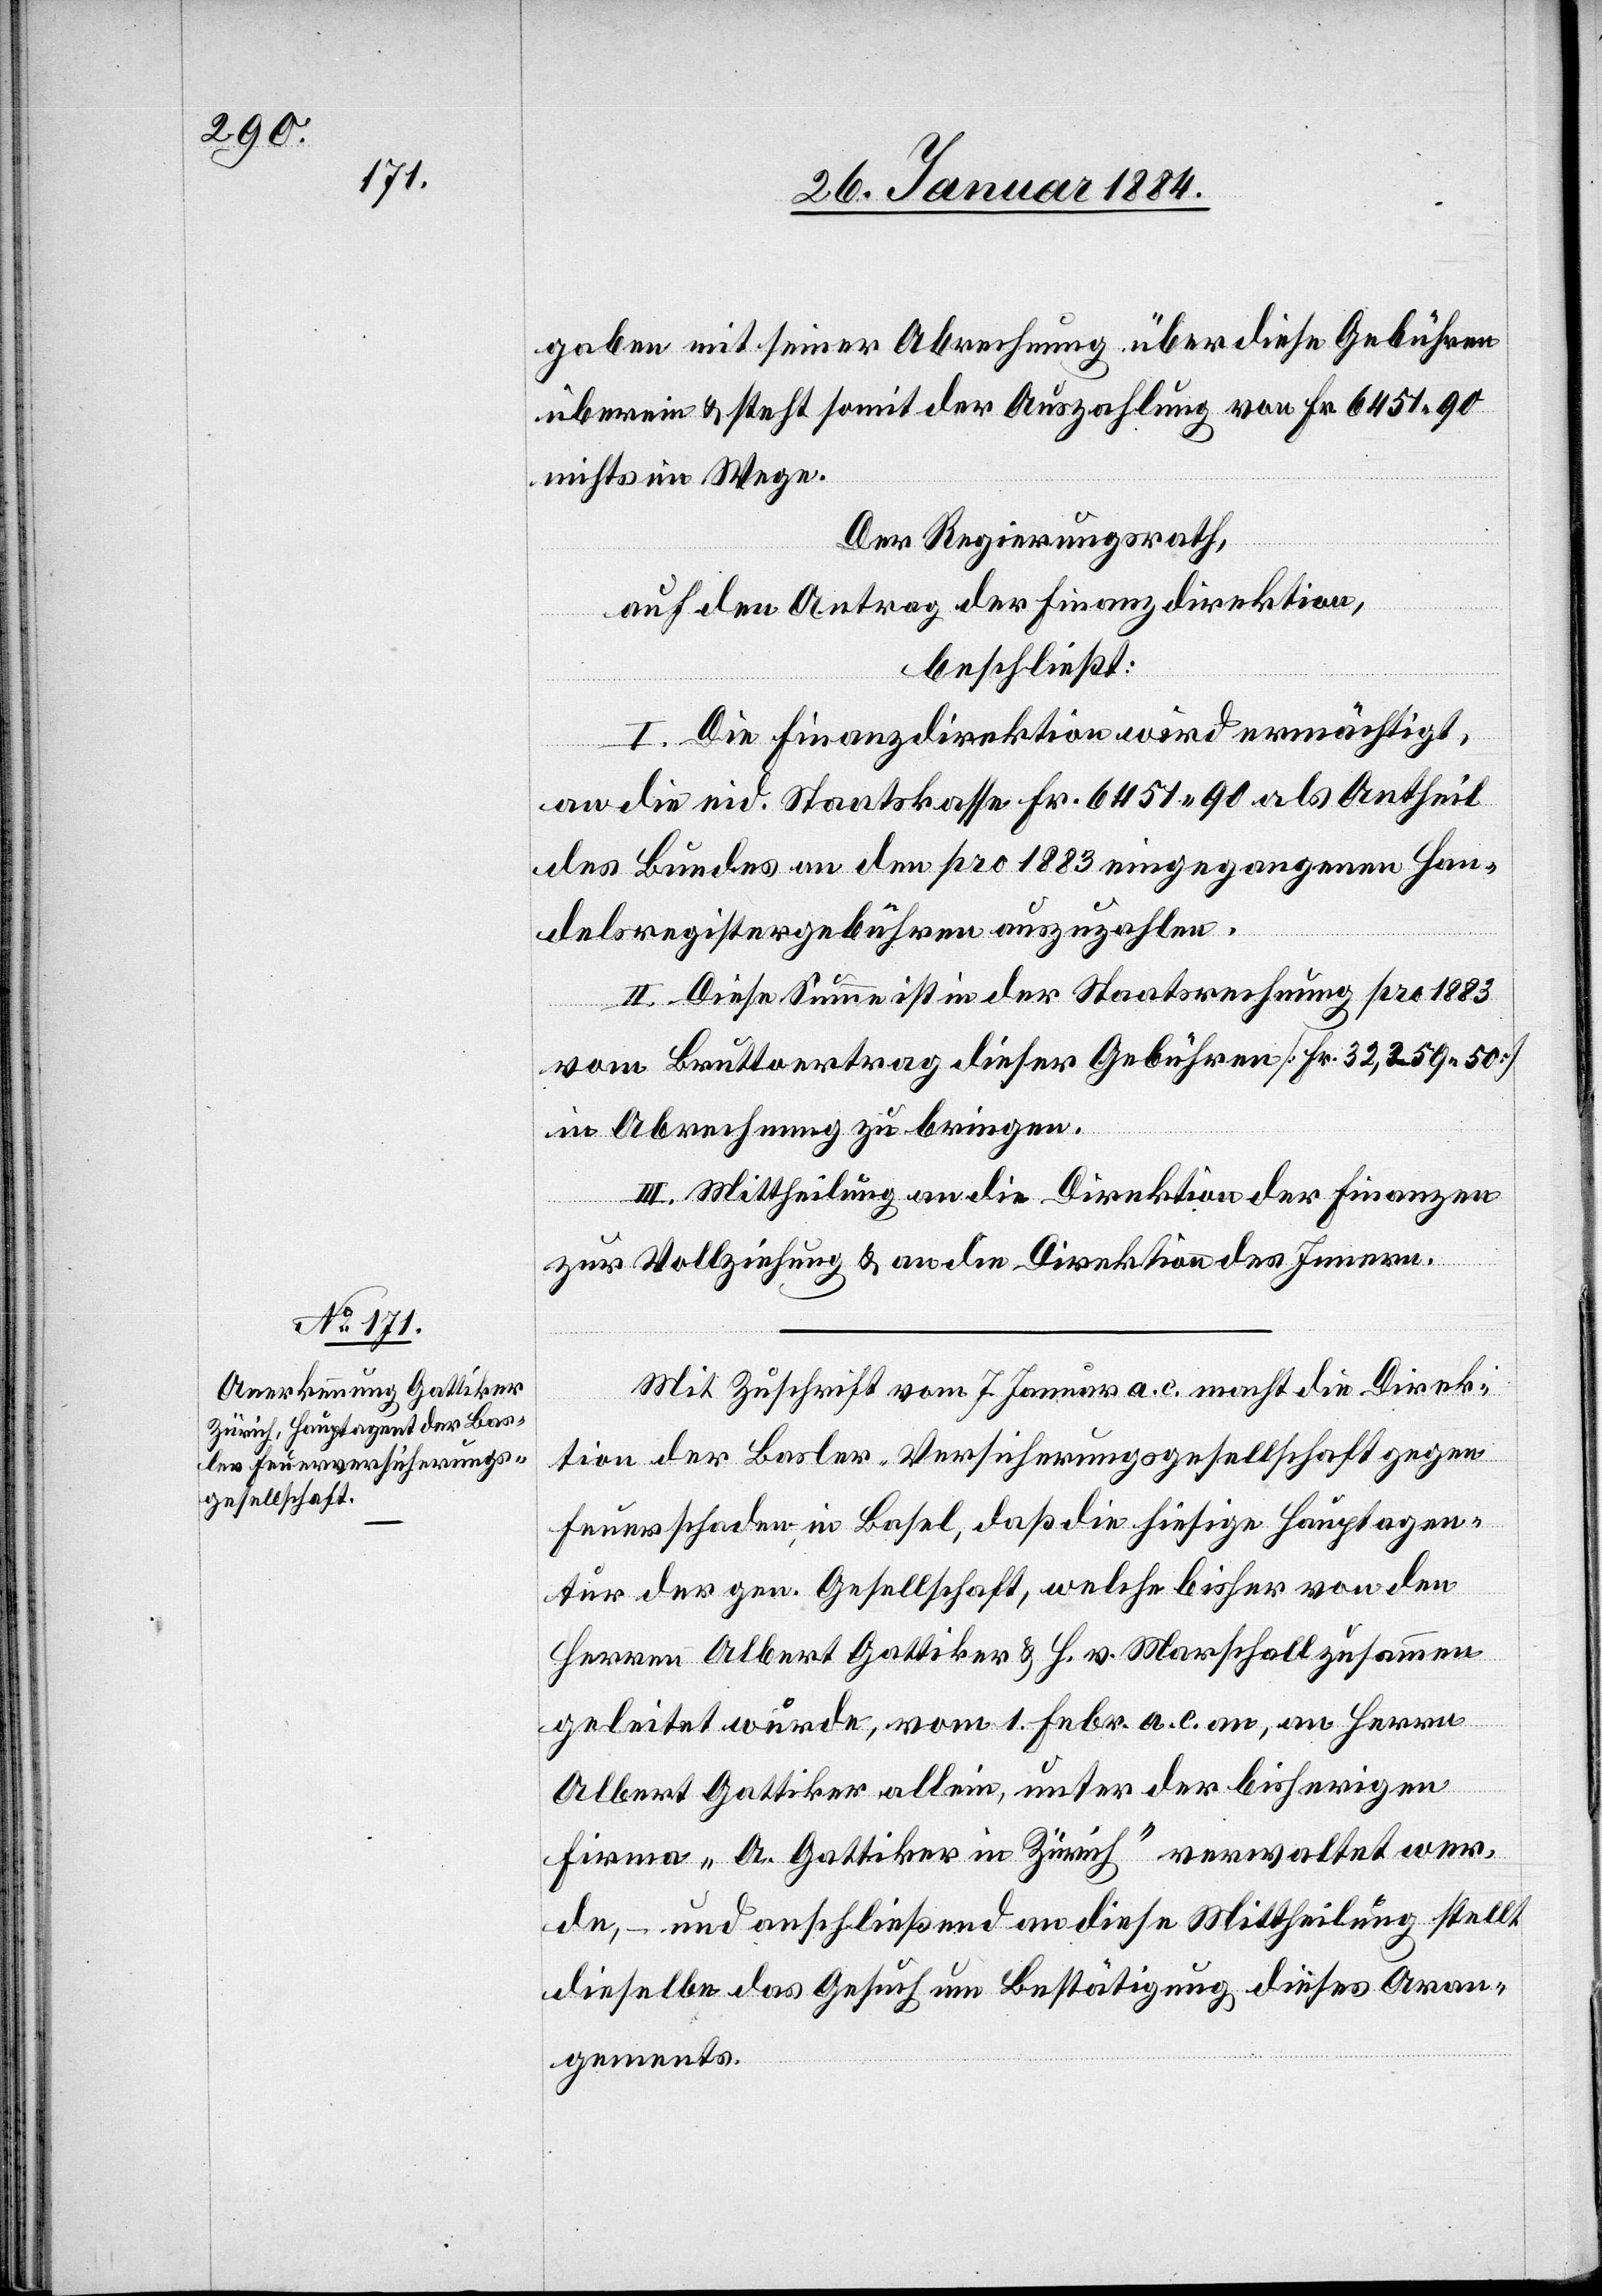
gaben mit seiner Abrechnung über diese Gebühren
überein & steht somit der Auszahlung von Fr. 6451 90
nichts im Wege.
Der Regierungsrath,
auf den Antrag der Finanzdirektion,
beschließt:
I. Die Finanzdirektion wird ermächtigt,
an die eid. Staatskasse Fr. 6451 90 als Antheil
des Bundes an den pro 1883 eingegangenen Han¬
delsregistergebühren auszuzahlen.
II. Diese Summe ist in der Staatsrechnung pro 1883
vom Bruttoertrag dieser Gebühren [Fr. 32,259 50]
in Abrechnung zu bringen.
III. Mittheilung an die Direktion der Finanzen
zur Vollziehung & an die Direktion des Innern.
Mit Zuschrift vom 7. Januar a. c. macht die Direk¬
tion der Basler Versicherungsgesellschaft gegen
tur der gen. Gesellschaft, welche bisher von den
Herren Alber Gattiker & H. v. Marschall zusammen
geleitet wurden, vom 1. Febr. a. c. an, an Herrn
Alber Gattiker allein, unter der bisherigen
Firma „A. Gattiker in Zürich“ verwaltet wer¬
de, – und anschließend an diese Mittheilung stellt
dieselbe das Gesuch um Bestätigung, dieses Ar¬
tagen¬
guments.